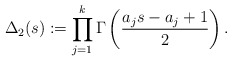
\begin{align*}\Delta_2(s):=\prod_{j=1}^{k}\Gamma\left(\frac{a_js-a_j+1}{2}\right). \end{align*}